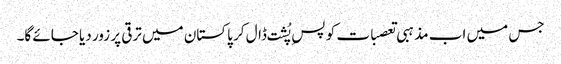
جس میں اب مذہبی تعصبات کو پسِ پُشت ڈال کر پاکستان میں ترقی پر زور دیا جائے گا۔